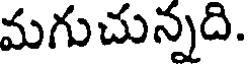
మగుచున్నది.